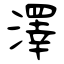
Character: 澤